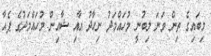
މިބައިގެ ތިން ވަނަ ލިބުނީ މުހައްމަދު ނިހާދު އާއި ޝާއިން މުހައްމަދުގެ ޕެއާ